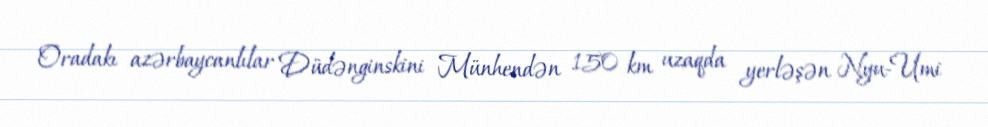
Oradakı azərbaycanlılar Düdənginskini Münhendən 150 km uzaqda yerləşən Nyu-Umi